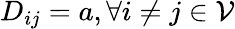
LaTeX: D_{ij}=a,\forall i\neq j\in\mathcal{V}